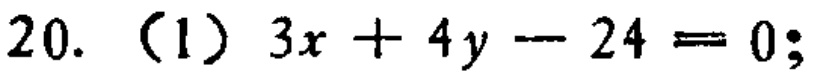
20. （1）\(3x + 4y - 24 = 0\);